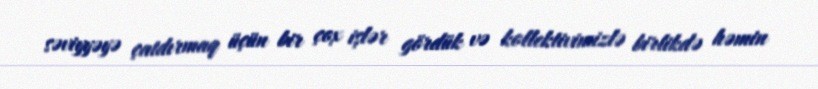
səviyyəyə çatdırmaq üçün bir çox işlər gördük və kollektivimizlə birlikdə həmin